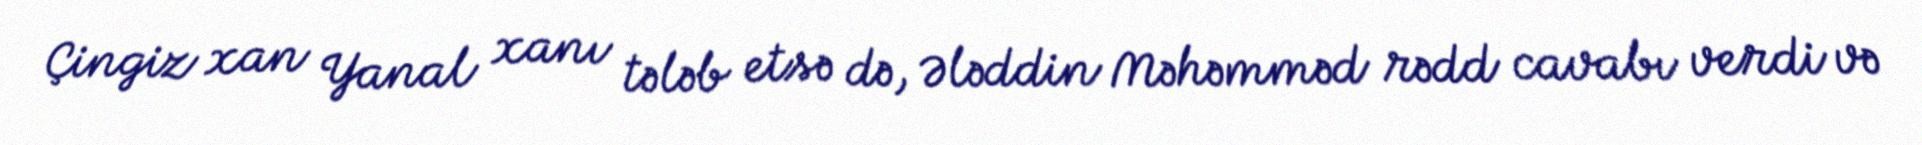
Çingiz xan Yanal xanı tələb etsə də, Ələddin Məhəmməd rədd cavabı verdi və